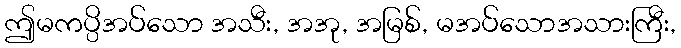
ဤမကပ္ပိအပ်သော အသီး, အအု, အမြစ်, မအပ်သောအသားကြီး,